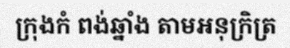
ក្រុងកំ ពង់ឆ្នាំង តាមអនុក្រិត្រ